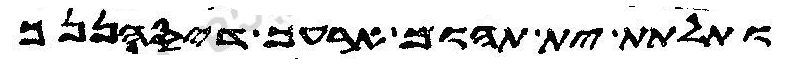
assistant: ותלתת ית תהום ארעך דיסהננך